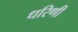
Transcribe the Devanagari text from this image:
धरिणी